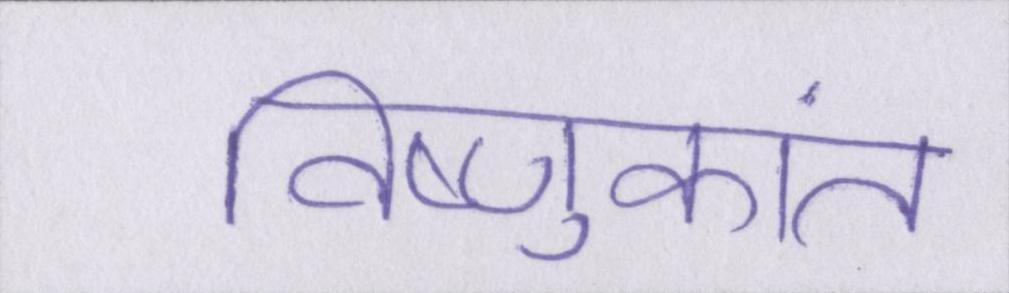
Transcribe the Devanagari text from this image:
विष्णुकांत